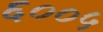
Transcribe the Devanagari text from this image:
६००५